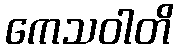
ကေသဝါတိ